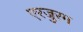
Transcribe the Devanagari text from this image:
एरजुरम